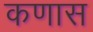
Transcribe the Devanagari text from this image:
कणास